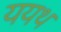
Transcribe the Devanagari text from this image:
ययथ